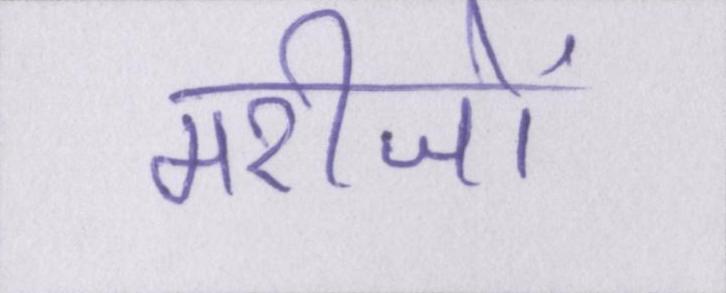
मरीजों